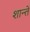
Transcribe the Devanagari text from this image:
शान्ते